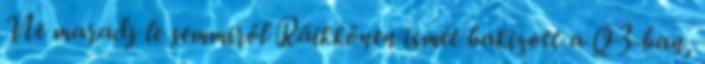
Ne maradj le semmiről Räikkönen ismét bakizott a Q3-ban,